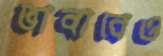
ভাবাবেও